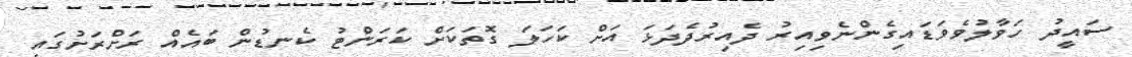
ސައީދު ހަވާލުވެވަޑައިގެންނެވިއިރު ދެއިރުދެދަޅަ އަށް ކަހަލަ ގޮތަކަށް ކަރަންޓު ކެނޑުން ބައެއް ރަށްރަށުގައި